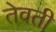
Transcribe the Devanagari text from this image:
तेवती